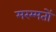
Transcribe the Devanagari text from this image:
मरम्मतों